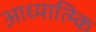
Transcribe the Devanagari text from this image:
आध्यात्म्कि